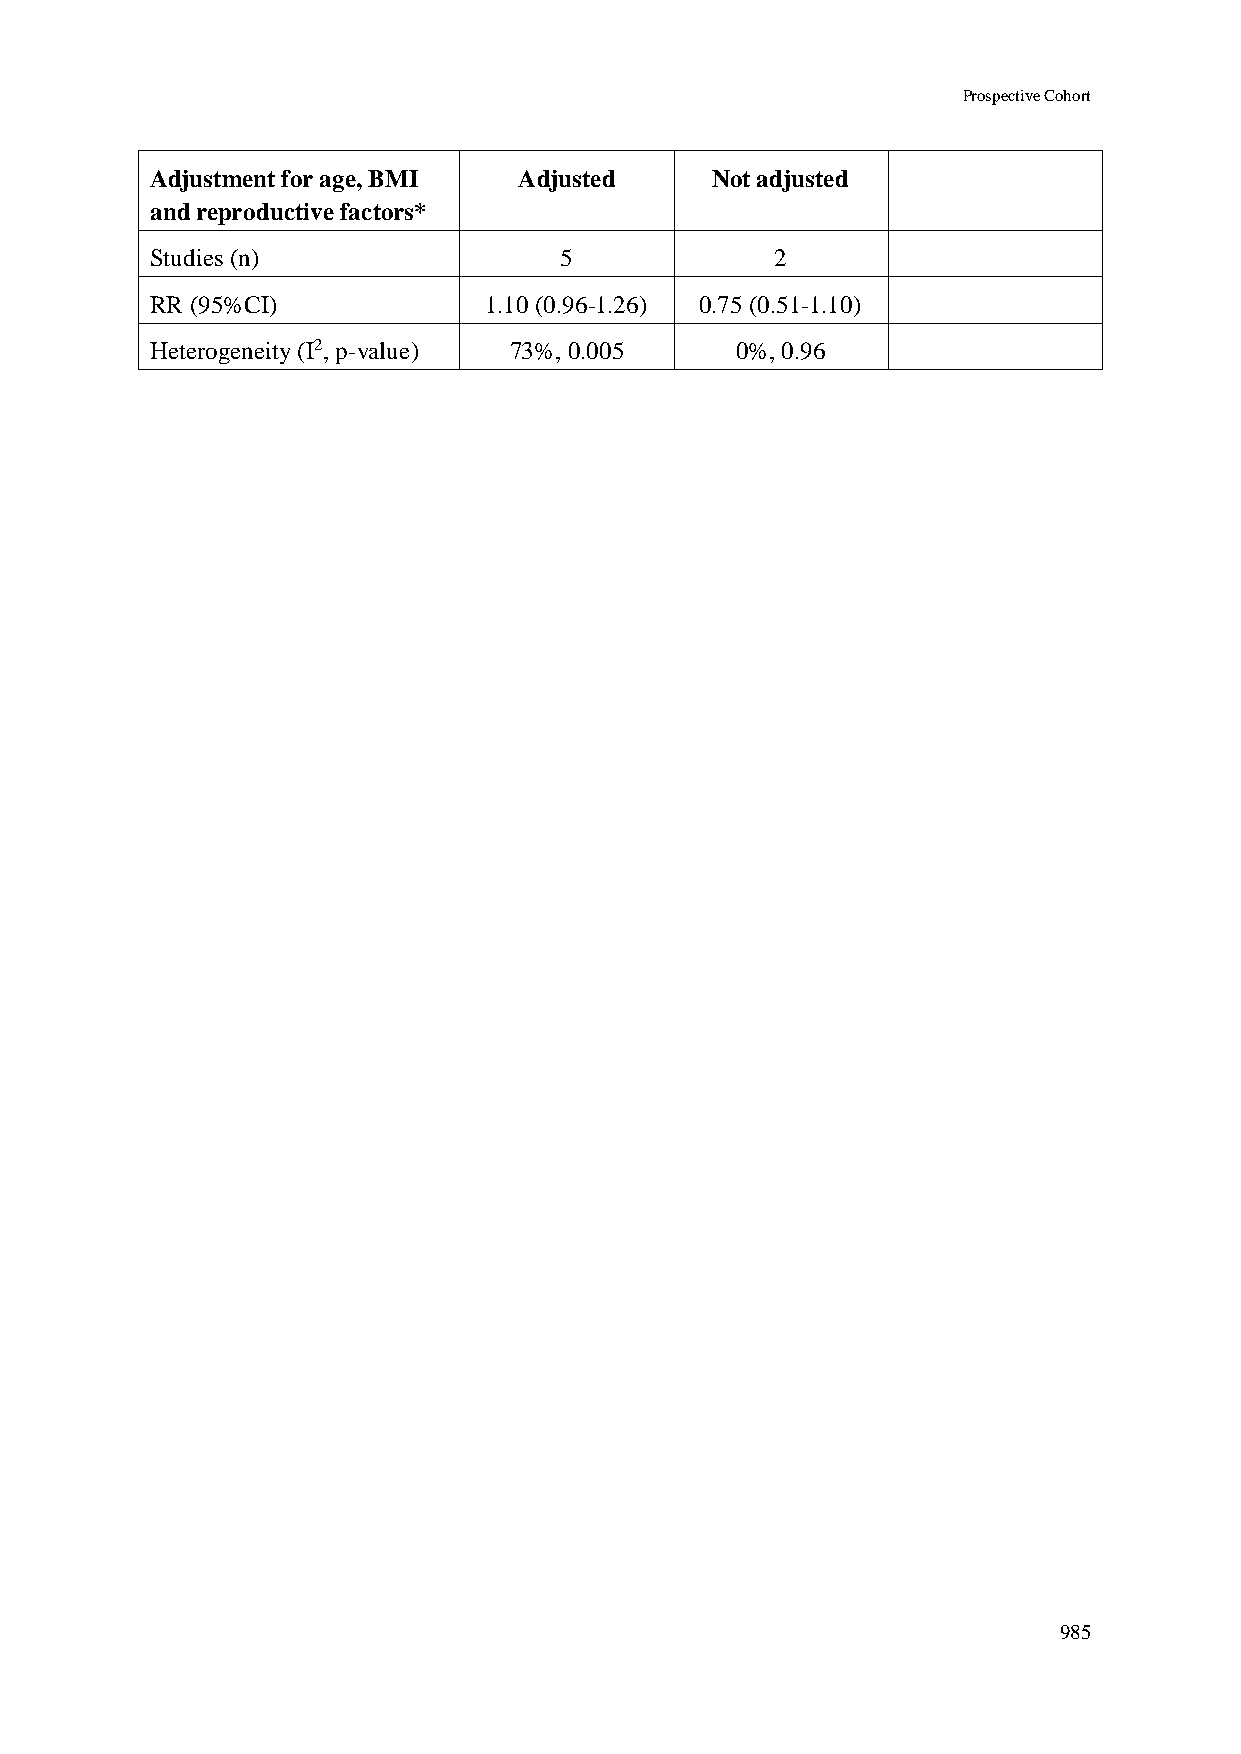
Prospective Cohort
 Adjustment for age, BMI Adjusted     Not adjusted
 and reproductive factors*
 Studies (n)                5             2
 RR (95%CI)            1.10 (0.96-1.26) 0.75 (0.51-1.10)
 Heterogeneity (I2, p-value) 73%, 0.005 0%, 0.96
 985